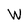
Character: W